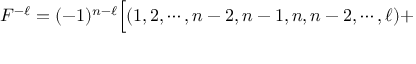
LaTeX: F ^ { - \ell } = ( - 1 ) ^ { n - \ell } \Bigl [ ( 1 , 2 , \cdots , n - 2 , n - 1 , n , n - 2 , \cdots , \ell ) +